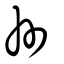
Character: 州